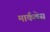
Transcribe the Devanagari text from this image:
मार्कवेस